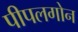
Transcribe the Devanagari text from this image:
पीपलगोन